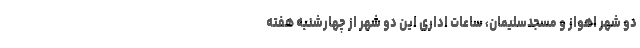
دو شهر اهواز و مسجدسلیمان، ساعات اداری این دو شهر از چهارشنبه هفته